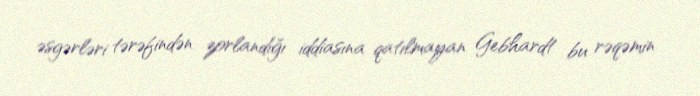
əsgərləri tərəfindən zorlandığı iddiasına qatılmayan Gebhardt bu rəqəmin